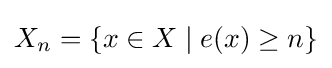
X_{n}=\{x\in X\mid e(x)\geq n\}